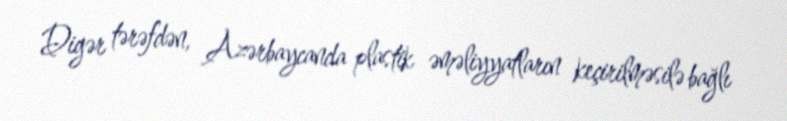
Digər tərəfdən, Azərbaycanda plastik əməliyyatların keçirilməsilə bağlı